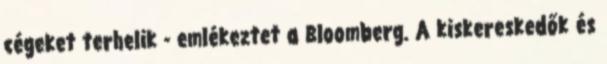
cégeket terhelik - emlékeztet a Bloomberg. A kiskereskedők és